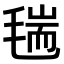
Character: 𣮼